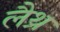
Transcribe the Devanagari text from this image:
लैथ्र